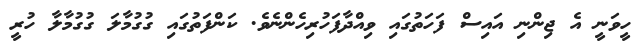
ހީވަނީ އެ ޖިންނި އައިސް ފަހަތުގައި ވިއްދާފަހުރިހެންނެވެ. ކަންފަތުގައި ގުގުމާލަ ގުގުމާލާ ހުރީ